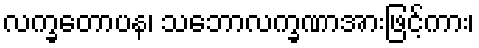
လက္ခတောပန၊ သဘောလက္ခဏာအားဖြင့်ကား၊